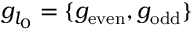
g _ { l _ { 0 } } = \{ g _ { \mathrm { e v e n } } , g _ { \mathrm { o d d } } \}